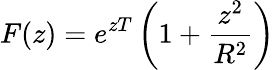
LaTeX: F(z)=e^{zT}\left(1+{\frac{z^{2}}{R^{2}}}\right)